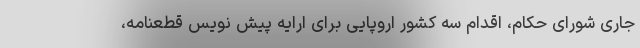
جاری شورای حکام، اقدام سه کشور اروپایی برای ارایه پیش نویس قطعنامه،